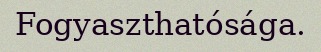
Fogyaszthatósága.